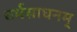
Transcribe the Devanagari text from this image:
धर्मसाधनम्